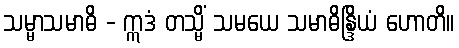
သမ္မာသမာဓိ - ဣဒံ တသ္မိံ သမယေ သမာဓိန္ဒြိယံ ဟောတိ။